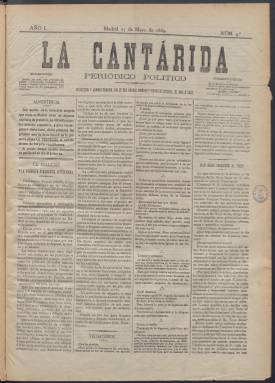
Título: La Cantárida (Madrid)
Colección: Periódicos
Ámbito geográfico: Madrid
Lugar de publicación: Madrid
Fechas: 27/05/1889-28/12/1889